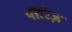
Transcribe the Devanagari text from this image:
पौरिज़